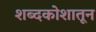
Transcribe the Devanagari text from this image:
शब्दकोशातून